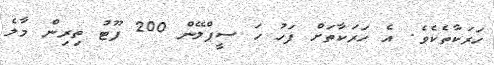
ހަރަކާތެކެވެ. އެ ހަރަކާތަށް ފަހު ހަ ސީޕްލޭން 200 ފޫޓު ތިރިން މާލެ